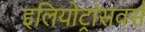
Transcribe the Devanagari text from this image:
इलियोट्रांसवर्स